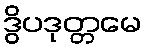
ဒွိပဒုတ္တမေ